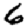
Digit: 6